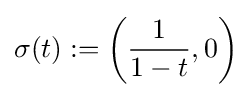
\sigma (t):=\left({\frac {1}{1-t}},0\right)